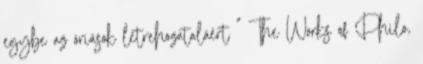
egybe az óriások létrehozataláért " The Works of Philo,